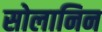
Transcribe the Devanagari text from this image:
सोलानिन